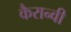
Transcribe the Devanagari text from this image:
कैरान्वी